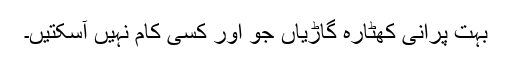
بہت پرانی کھٹارہ گاڑیاں جو اور کسی کام نہیں آسکتیں۔